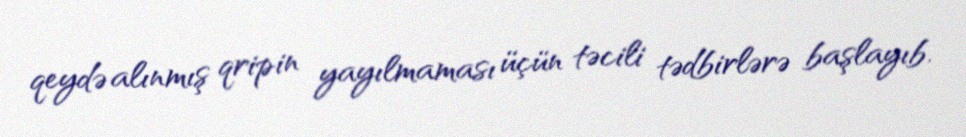
qeydə alınmış qripin yayılmaması üçün təcili tədbirlərə başlayıb.